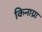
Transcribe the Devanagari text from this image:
किनाय्रा